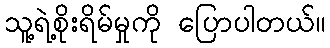
သူ့ရဲ့စိုးရိမ်မှုကို ပြောပါတယ်။